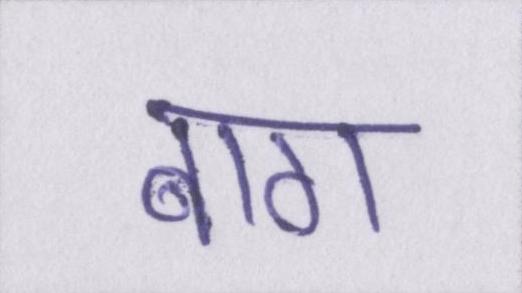
बाग